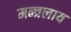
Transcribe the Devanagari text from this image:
मन्त्रलाय